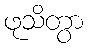
ဖုသိတွာ